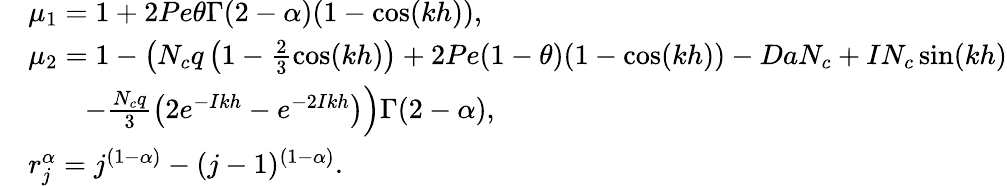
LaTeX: \begin{array}{rl}&{\mu_{1}=1+2Pe\theta\Gamma(2-\alpha)(1-\cos(kh)),}\\ &{\mu_{2}=1-\left(N_{c}q\left(1-\frac{2}{3}\cos(kh)\right)+2Pe(1-\theta)(1-\cos(kh))-DaN_{c}+IN_{c}\sin(kh)\right.}\\ &{\left.\qquad-\frac{N_{c}q}{3}\left(2e^{-Ikh}-e^{-2Ikh}\right)\right)\Gamma(2-\alpha),}\\ &{r_{j}^{\alpha}=j^{(1-\alpha)}-(j-1)^{(1-\alpha)}.}\end{array}